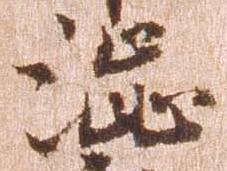
渋